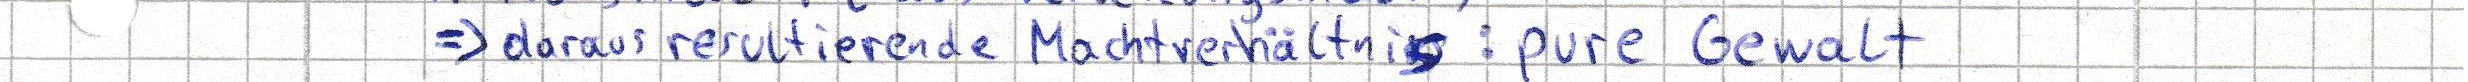
=> daraus resultierende Machtverhältnis: pure Gewalt